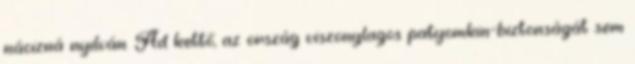
nácizná nyilván. Ad kettő, az ország viszonylagos patyomkin-biztonságát sem